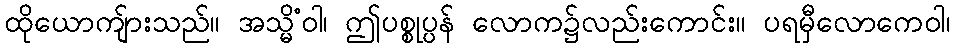
ထိုယောကျ်ားသည်။ အသ္မိံဝါ၊ ဤပစ္စုပ္ပန် လောက၌လည်းကောင်း။ ပရမှီလောကေဝါ၊